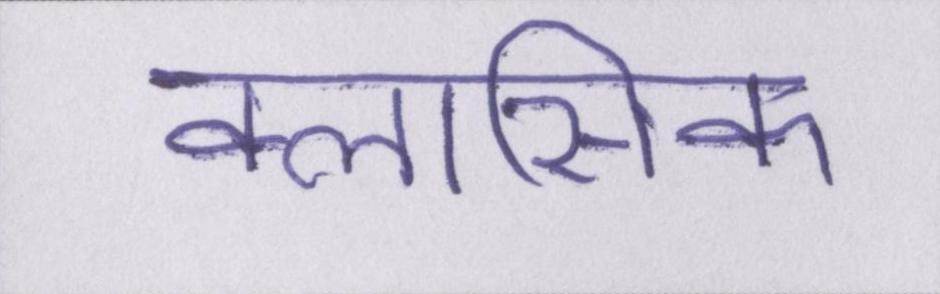
क्लासिक